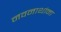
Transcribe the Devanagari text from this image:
नवनाथांना